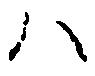
ハ